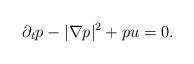
LaTeX: \begin{align*}\partial_t p -|\nabla p|^2+ p u=0.\end{align*}